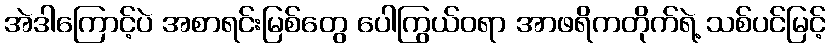
အဲဒါကြောင့်ပဲ အစာရင်းမြစ်တွေ ပေါကြွယ်ဝရာ အာဖရိကတိုက်ရဲ့ သစ်ပင်မြင့်